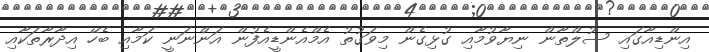
އިންޑިއާގައި ސުލްތާން ނިޔާވުމާއި ގުޅިގެން މިވަގުތު އެމްއެންޑީއެފުން އަންނަނީ ކަމާއި ބެހޭ އިދާރާތަކާއި